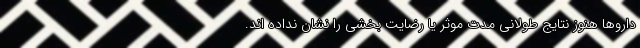
داروها هنوز نتایج طولانی مدت موثر یا رضایت بخشی را نشان نداده اند.